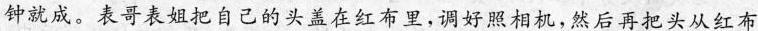
钟就成。表哥表姐把自己的头盖在红布里,调好照相机，然后再把头从红布